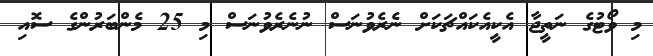
މި ވޯޓުގެ ނަތީޖާ އެކީއެކައްޗަކަށް ނެރެވުނަސް ނުނެރެވުނަސް މި 25 މެންބަރުންގެ ސޮއި